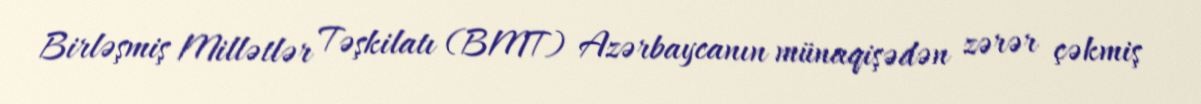
Birləşmiş Millətlər Təşkilatı (BMT) Azərbaycanın münaqişədən zərər çəkmiş